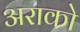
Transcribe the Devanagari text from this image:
अराको